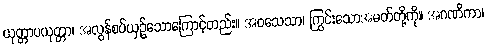
ယုတ္တာပယုတ္တာ၊ အလွန်စပ်ယှဉ်သောကြောင့်တည်း။ အဝသေသာ၊ ကြွင်းသောအမတ်တို့ကို။ အဂဏိကာ၊